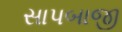
સાપબાજી